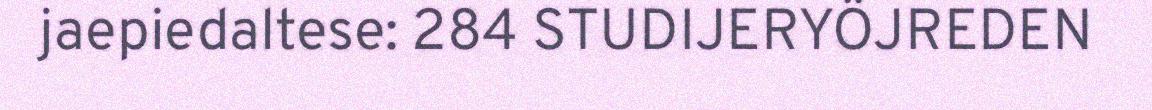
jaepiedaltese: 284 STUDIJERYÖJREDEN